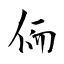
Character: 侕